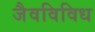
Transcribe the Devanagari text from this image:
जैवविविध